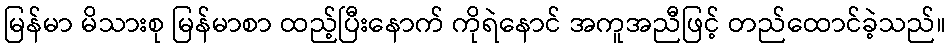
မြန်မာ မိသားစု မြန်မာစာ ထည့်ပြီးနောက် ကိုရဲနောင် အကူအညီဖြင့် တည်ထောင်ခဲ့သည်။